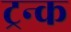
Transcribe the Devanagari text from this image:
ट्रन्क